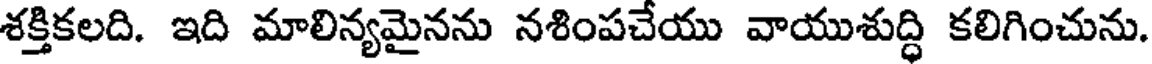
శక్తికలది. ఇది మాలిన్యమైనను నశింపచేయు వాయుశుద్ధి కలిగించును.